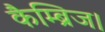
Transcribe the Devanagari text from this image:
कैम्ब्रिज।